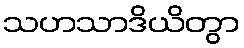
သဟသာဒိယိတွာ